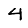
Digit: 4